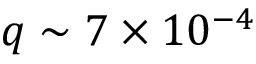
q \sim 7 \times 1 0 ^ { - 4 }